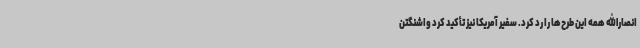
انصارالله همه این طرح‌ها را رد کرد. سفیر آمریکا نیز تأکید کرد واشنگتن